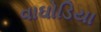
વાઘોડિયા